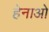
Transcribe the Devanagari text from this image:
हेनाओ